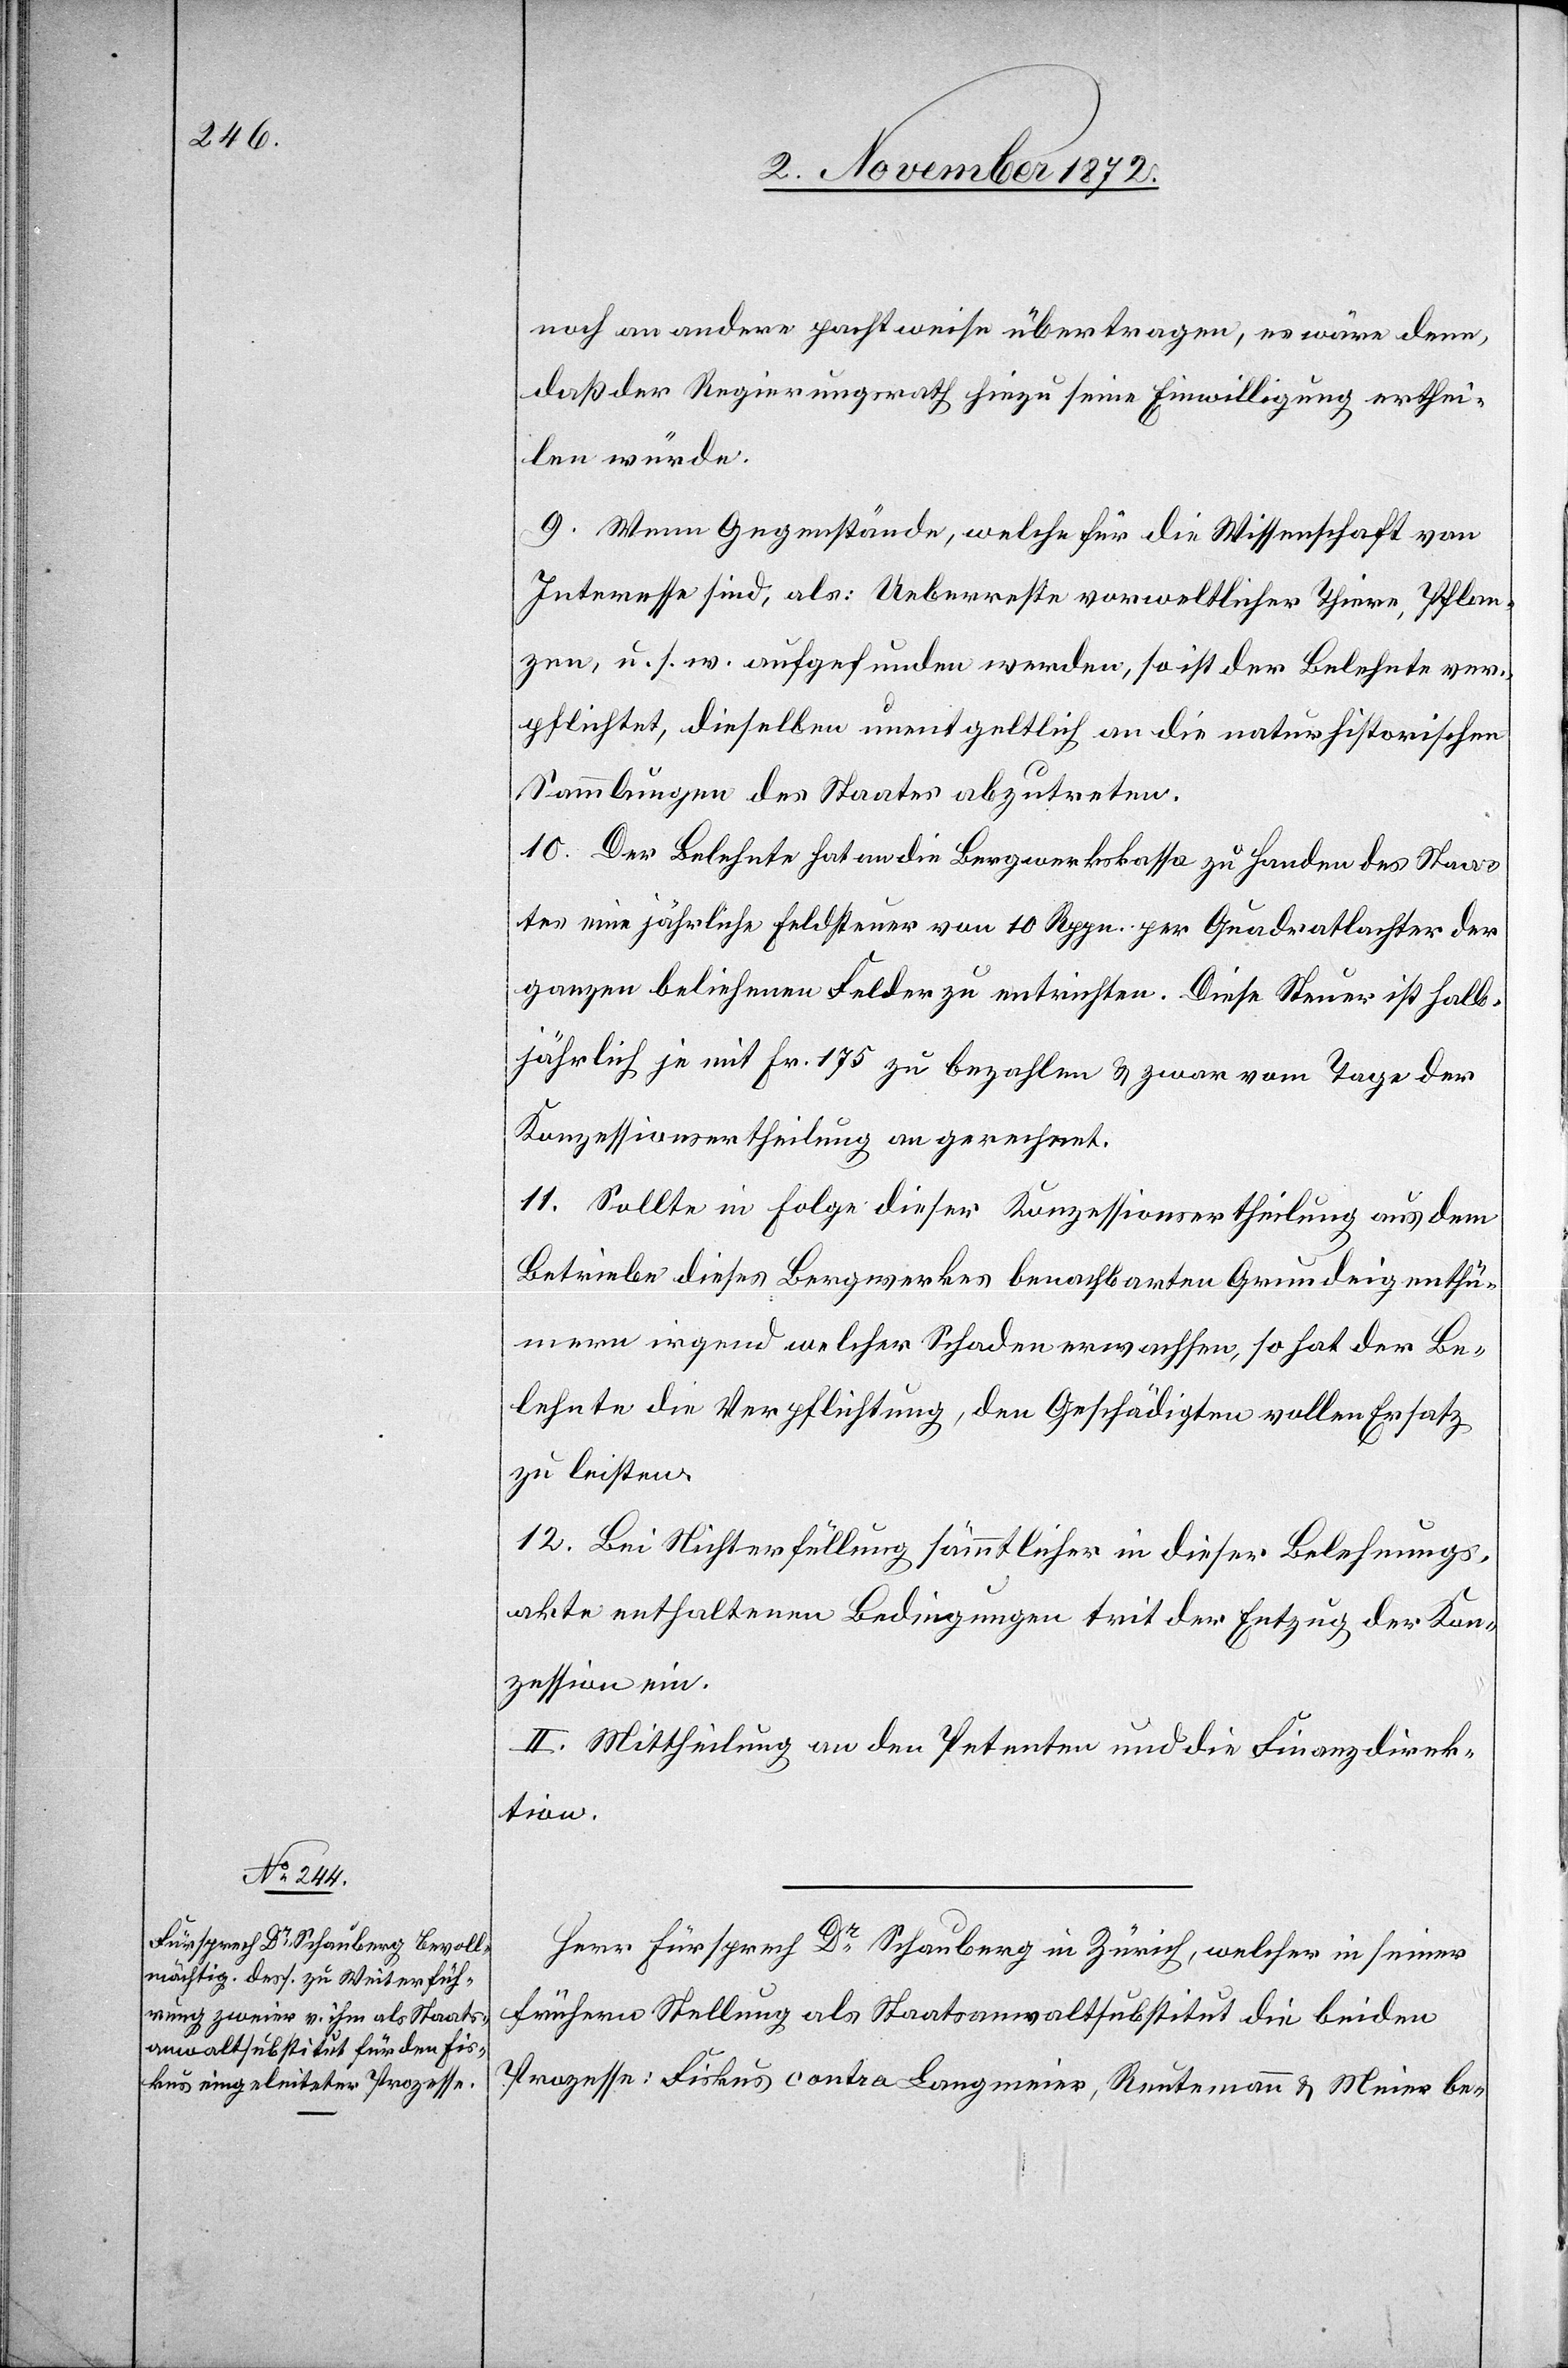
noch an andere pachtweise übertragen, es wäre denn,
daß der Regierungsrath hiezu seine Einwilligung erthei¬
len würde.
9. Wenn Gegenstände, welche für die Wissenschaft von
Interesse sind, als: Ueberreste vorweltlicher Thiere, Pflan¬
zen, u. s. w. aufgefunden werden, so ist der Belehnte ver¬
pflichtet, dieselben unentgeltlich an die naturhistorischen
Sammlungen des Staates abzutreten.
10. Der Belehnte hat an die Bergwerkskasse zu Handen des Staa¬
tes eine jährliche Feldsteuer von 10 Rppn. per Quadratlachter der
ganzen beliehenen Felder zu entrichten. Diese Steuer ist halb¬
jährlich je mit Fr. 175 zu bezahlen u. zwar vom Tage der
Konzessionsertheilung an gerechnet.
11. Sollte in Folge dieser Konzessionsertheilung aus dem
Betriebe dieses Bergwerkes benachbarten Grundeigenthü¬
mern irgend welcher Schaden erwachsen, so hat der Be¬
lehnte die Verpflichtung, den Geschädigten vollen Ersatz
zu leisten.
12. Bei Nichterfüllung sämmtlicher in dieser Belehnungs¬
akte enthaltenen Bedingungen trit[t] der Entzug der Kon¬
zession ein.
II. Mittheilung an den Petenten und die Finanzdirek¬
tion.
Herr Fürsprech Dr Schauberg in Zürich, welcher in seiner
frühern Stellung als Staatsanwaltsubstitut die beiden
Prozesse: Fiskus contra Langmeier, Reutemann u. Meier be-